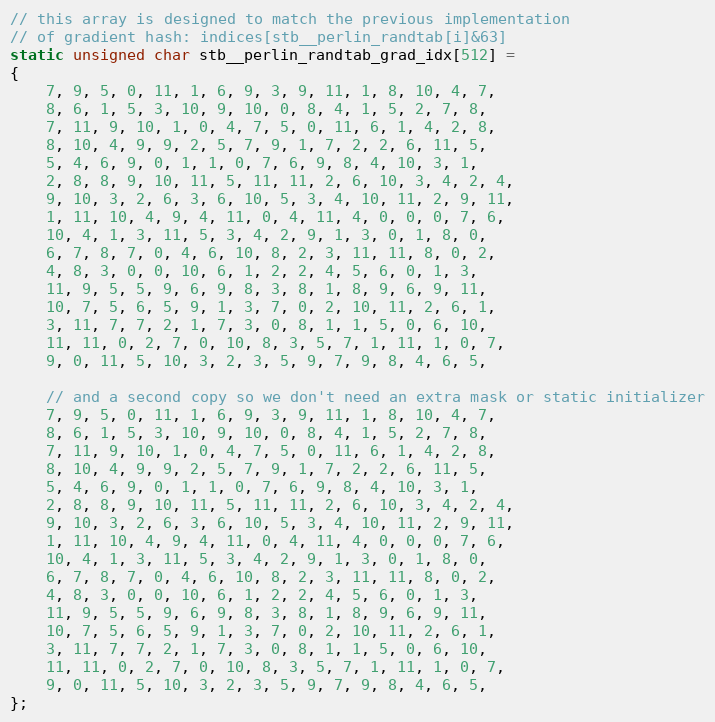
Language: C
// this array is designed to match the previous implementation
// of gradient hash: indices[stb__perlin_randtab[i]&63]
static unsigned char stb__perlin_randtab_grad_idx[512] =
{
    7, 9, 5, 0, 11, 1, 6, 9, 3, 9, 11, 1, 8, 10, 4, 7,
    8, 6, 1, 5, 3, 10, 9, 10, 0, 8, 4, 1, 5, 2, 7, 8,
    7, 11, 9, 10, 1, 0, 4, 7, 5, 0, 11, 6, 1, 4, 2, 8,
    8, 10, 4, 9, 9, 2, 5, 7, 9, 1, 7, 2, 2, 6, 11, 5,
    5, 4, 6, 9, 0, 1, 1, 0, 7, 6, 9, 8, 4, 10, 3, 1,
    2, 8, 8, 9, 10, 11, 5, 11, 11, 2, 6, 10, 3, 4, 2, 4,
    9, 10, 3, 2, 6, 3, 6, 10, 5, 3, 4, 10, 11, 2, 9, 11,
    1, 11, 10, 4, 9, 4, 11, 0, 4, 11, 4, 0, 0, 0, 7, 6,
    10, 4, 1, 3, 11, 5, 3, 4, 2, 9, 1, 3, 0, 1, 8, 0,
    6, 7, 8, 7, 0, 4, 6, 10, 8, 2, 3, 11, 11, 8, 0, 2,
    4, 8, 3, 0, 0, 10, 6, 1, 2, 2, 4, 5, 6, 0, 1, 3,
    11, 9, 5, 5, 9, 6, 9, 8, 3, 8, 1, 8, 9, 6, 9, 11,
    10, 7, 5, 6, 5, 9, 1, 3, 7, 0, 2, 10, 11, 2, 6, 1,
    3, 11, 7, 7, 2, 1, 7, 3, 0, 8, 1, 1, 5, 0, 6, 10,
    11, 11, 0, 2, 7, 0, 10, 8, 3, 5, 7, 1, 11, 1, 0, 7,
    9, 0, 11, 5, 10, 3, 2, 3, 5, 9, 7, 9, 8, 4, 6, 5,

    // and a second copy so we don't need an extra mask or static initializer
    7, 9, 5, 0, 11, 1, 6, 9, 3, 9, 11, 1, 8, 10, 4, 7,
    8, 6, 1, 5, 3, 10, 9, 10, 0, 8, 4, 1, 5, 2, 7, 8,
    7, 11, 9, 10, 1, 0, 4, 7, 5, 0, 11, 6, 1, 4, 2, 8,
    8, 10, 4, 9, 9, 2, 5, 7, 9, 1, 7, 2, 2, 6, 11, 5,
    5, 4, 6, 9, 0, 1, 1, 0, 7, 6, 9, 8, 4, 10, 3, 1,
    2, 8, 8, 9, 10, 11, 5, 11, 11, 2, 6, 10, 3, 4, 2, 4,
    9, 10, 3, 2, 6, 3, 6, 10, 5, 3, 4, 10, 11, 2, 9, 11,
    1, 11, 10, 4, 9, 4, 11, 0, 4, 11, 4, 0, 0, 0, 7, 6,
    10, 4, 1, 3, 11, 5, 3, 4, 2, 9, 1, 3, 0, 1, 8, 0,
    6, 7, 8, 7, 0, 4, 6, 10, 8, 2, 3, 11, 11, 8, 0, 2,
    4, 8, 3, 0, 0, 10, 6, 1, 2, 2, 4, 5, 6, 0, 1, 3,
    11, 9, 5, 5, 9, 6, 9, 8, 3, 8, 1, 8, 9, 6, 9, 11,
    10, 7, 5, 6, 5, 9, 1, 3, 7, 0, 2, 10, 11, 2, 6, 1,
    3, 11, 7, 7, 2, 1, 7, 3, 0, 8, 1, 1, 5, 0, 6, 10,
    11, 11, 0, 2, 7, 0, 10, 8, 3, 5, 7, 1, 11, 1, 0, 7,
    9, 0, 11, 5, 10, 3, 2, 3, 5, 9, 7, 9, 8, 4, 6, 5,
};